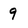
Character: 9